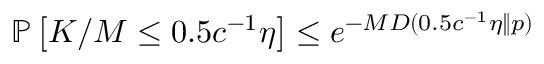
\begin{array} { r } { \mathbb { P } \left[ K / M \le 0 . 5 c ^ { - 1 } \eta \right] \le e ^ { - M D ( 0 . 5 c ^ { - 1 } \eta \| p ) } } \end{array}